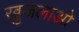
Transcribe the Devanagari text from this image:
खुजलाओ